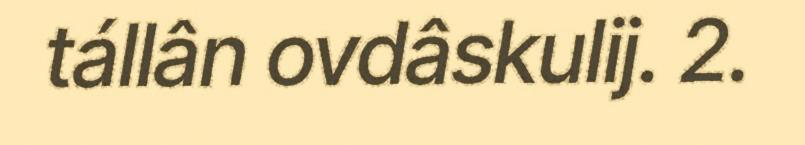
tállân ovdâskulij. 2.